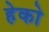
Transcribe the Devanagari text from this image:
हेको